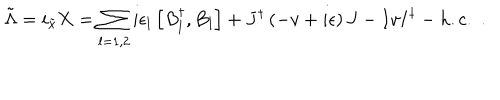
{ \tilde { \Lambda } } = i _ { \tilde { x } } { \bf X } = \sum _ { l = 1 , 2 } i \epsilon _ { l } \left[ B _ { l } ^ { \dagger } , B _ { l } \right] + J ^ { \dagger } \left( - v + i \epsilon \right) J - I v I ^ { \dagger } - h . c . \, \, .